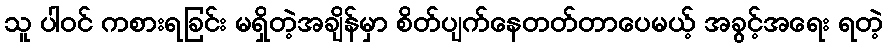
သူ ပါဝင် ကစားရခြင်း မရှိတဲ့အချိန်မှာ စိတ်ပျက်နေတတ်တာပေမယ့် အခွင့်အရေး ရတဲ့